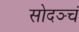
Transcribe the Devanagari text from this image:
सोदञ्चं